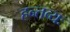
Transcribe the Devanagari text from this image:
हन्तव्यः